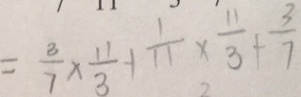
= \frac { 3 } { 7 } \times \frac { 1 1 } { 3 } - 1 \frac { 1 } { 1 1 } \times \frac { 1 1 } { 3 } + \frac { 3 } { 7 }